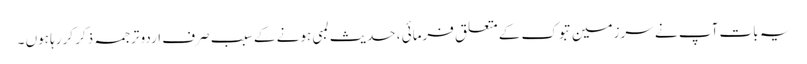
یہ بات آپ نے سرزمین تبوک کے متعلق فرمائی ، حدیث لمبی ہونے کے سبب صرف اردو ترجمہ ذکر کررہا ہوں ۔